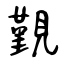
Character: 覲